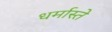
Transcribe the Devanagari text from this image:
धर्मास्ते